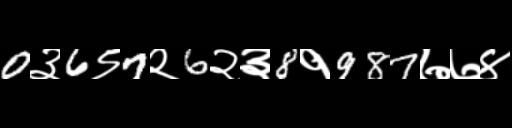
Text: 0३6९7२6२३8१987७७४